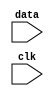
module test(data, clk);
  input data, clk;

  specify
    $setup (data, posedge clk &&& ( ~ clr), 10) ;
    $setup (data, posedge clk &&& (clr === 0), 10);
  endspecify
endmodule